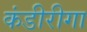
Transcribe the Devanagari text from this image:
कंडीरीगा